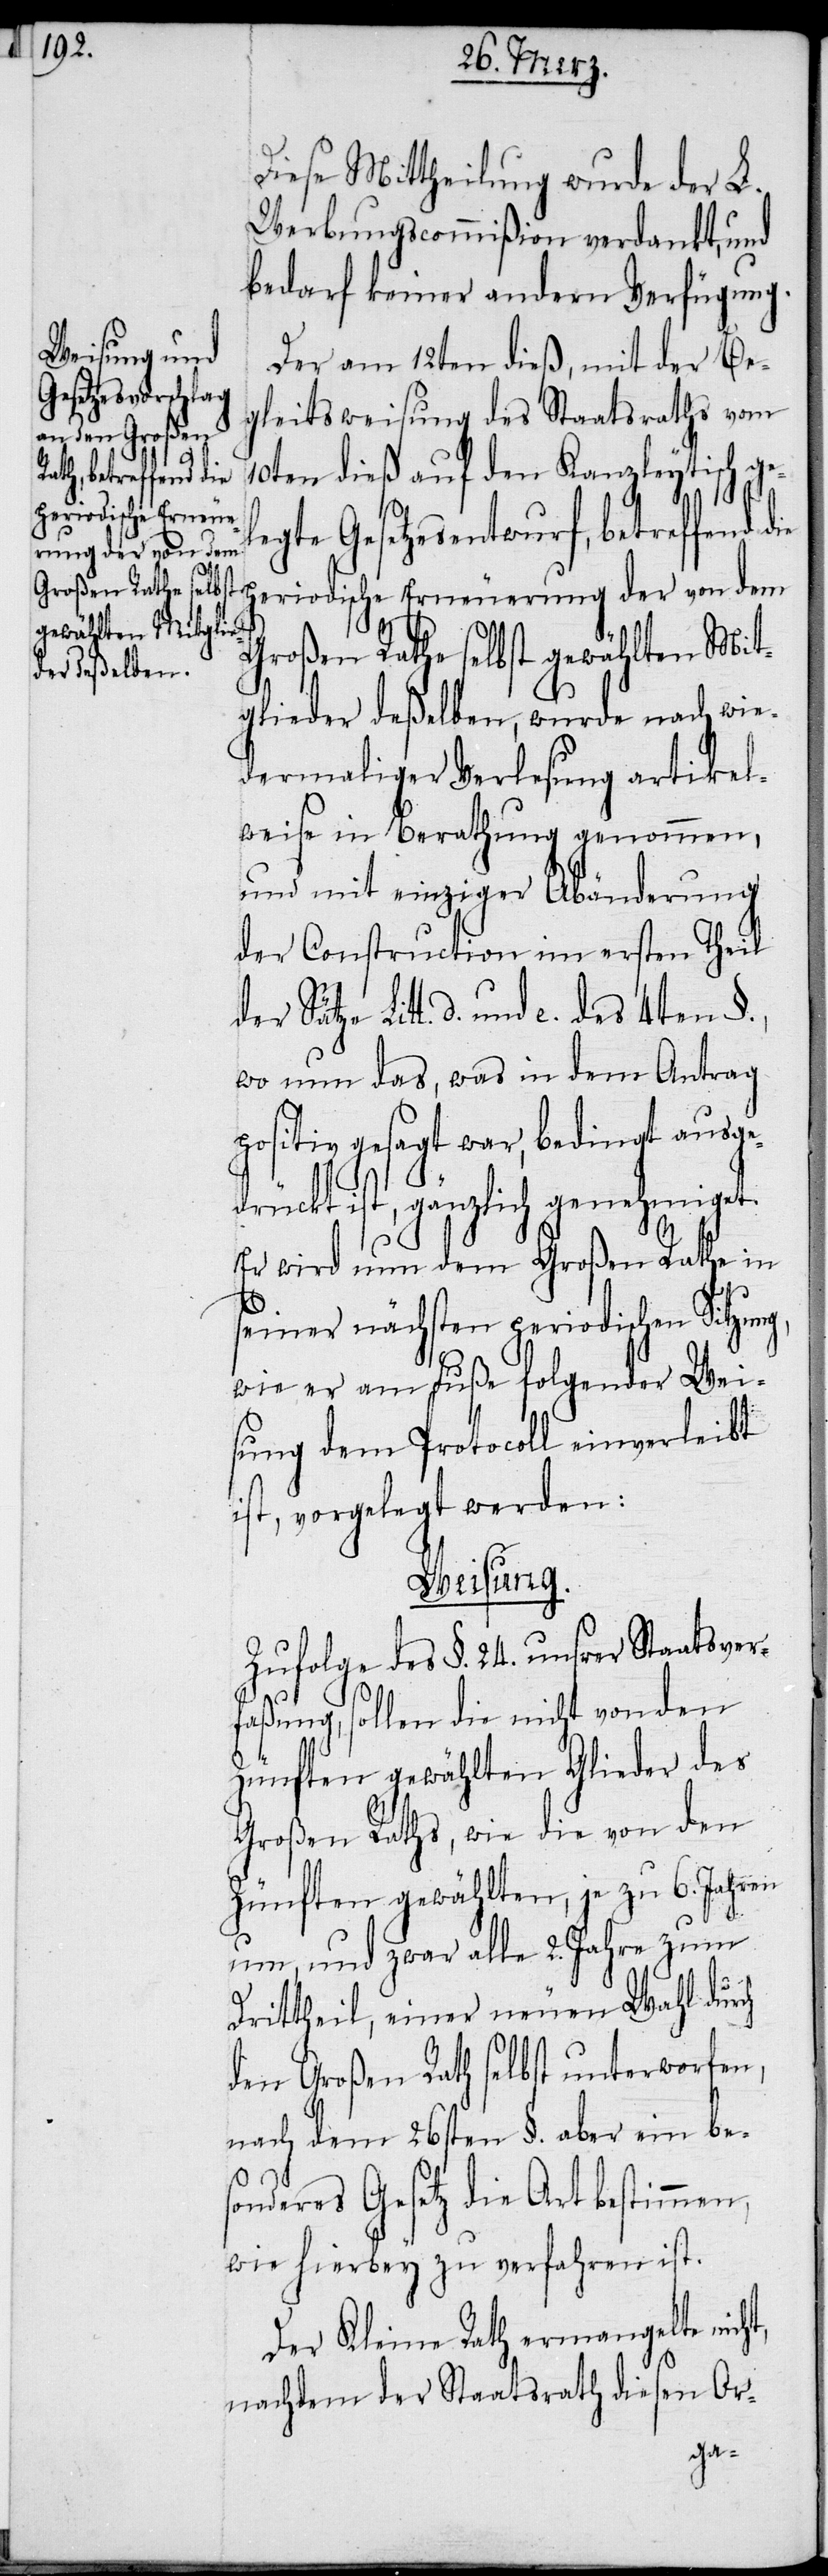
Diese Mittheilung wurde der L.
Werbungscommißion verdankt, und
bedarf keiner andern Verfügung.
Der am 12ten dieß, mit der Be¬
gleitsweisung des Staatsraths vom
10ten dieß auf den Kanzleytisch ge¬
periodische Erneue¬
legte Gesetzesentwurf, betreffend die
rung der von dem
Großen Rathe selbst gewählten Mit¬
glieder deßelben, wurde nach wie¬
dermaliger Verlesung artikel¬
weise in Berathung genommen,
und mit einziger Abänderung
der Construction im ersten Theil
der Sätze Litt. d. und e. des
wo nun das, was in dem Antrag
positiv gesagt war, bedingt ausge¬
drückt ist, gänzlich genehmiget.
Er wird nun dem Großen Rathe in
seiner nächsten periodischen Sitzung,
wie er am Fuße folgender Wei¬
sung dem Protocoll einverleibt
ist, vorgelegt werden:
Weisung.
Zufolge des §. 24. unsrer Staatsver¬
faßung, sollen die nicht von den
Zünften gewählten Glieder des
Großen Raths, wie die von den
Zünften gewählten, je zu 6. Jahren
um, und zwar alle 2. Jahre zum
Drittheil, einer neuen Wahl durch
den Großen Rath selbst unterworfen,
nach dem 26sten §. aber ein be¬
sonderes Gesetz die Art bestimmen,
wie hierbey zu verfahren ist.
Der Kleine Rath ermangelte nicht,
nachdem der Staatsrath diesen Or-